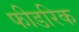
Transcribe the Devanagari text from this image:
फीडरिक